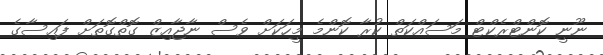
ނޫނީ ކޮންޓްރެކްޓް މަސައްކަތް ކުރާ ކޮންމެ މީހަކަށް ވެސް ނާޖާއިޒް ގޮތްގޮތަށް ފައިސާގެ